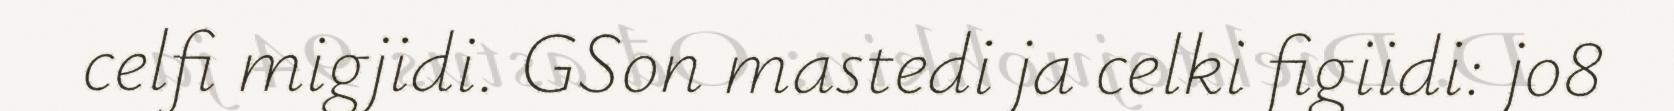
celfi migjidi. GSon mastedi ja celki figiidi: jo8